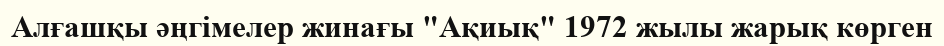
Алғашқы әңгімелер жинағы "Ақиық" 1972 жылы жарық көрген